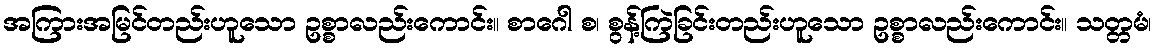
အကြားအမြင်တည်းဟူသော ဥစ္စာလည်းကောင်း။ စာဂေါ စ၊ စွန့်ကြဲခြင်းတည်းဟူသော ဥစ္စာလည်းကောင်း။ သတ္တမံ၊